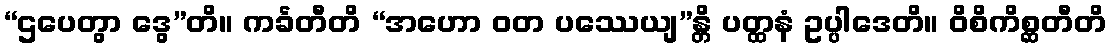
“ဌပေတွာ ဒွေ”တိ။ ကင်္ခတီတိ “အဟော ဝတ ပဿေယျ”န္တိ ပတ္ထနံ ဥပ္ပါဒေတိ။ ဝိစိကိစ္ဆတီတိ